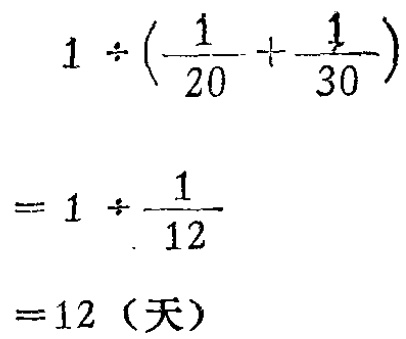
\[

\begin{align*}

&1\div(\frac{1}{20}+\frac{1}{30})\\

=&1\div\frac{1}{12}\\

=&12 \text{（天）}

\end{align*}

\]